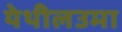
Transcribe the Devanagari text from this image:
येथीलउमा